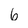
Character: 6